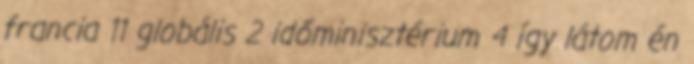
francia 11 globális 2 időminisztérium 4 így látom én